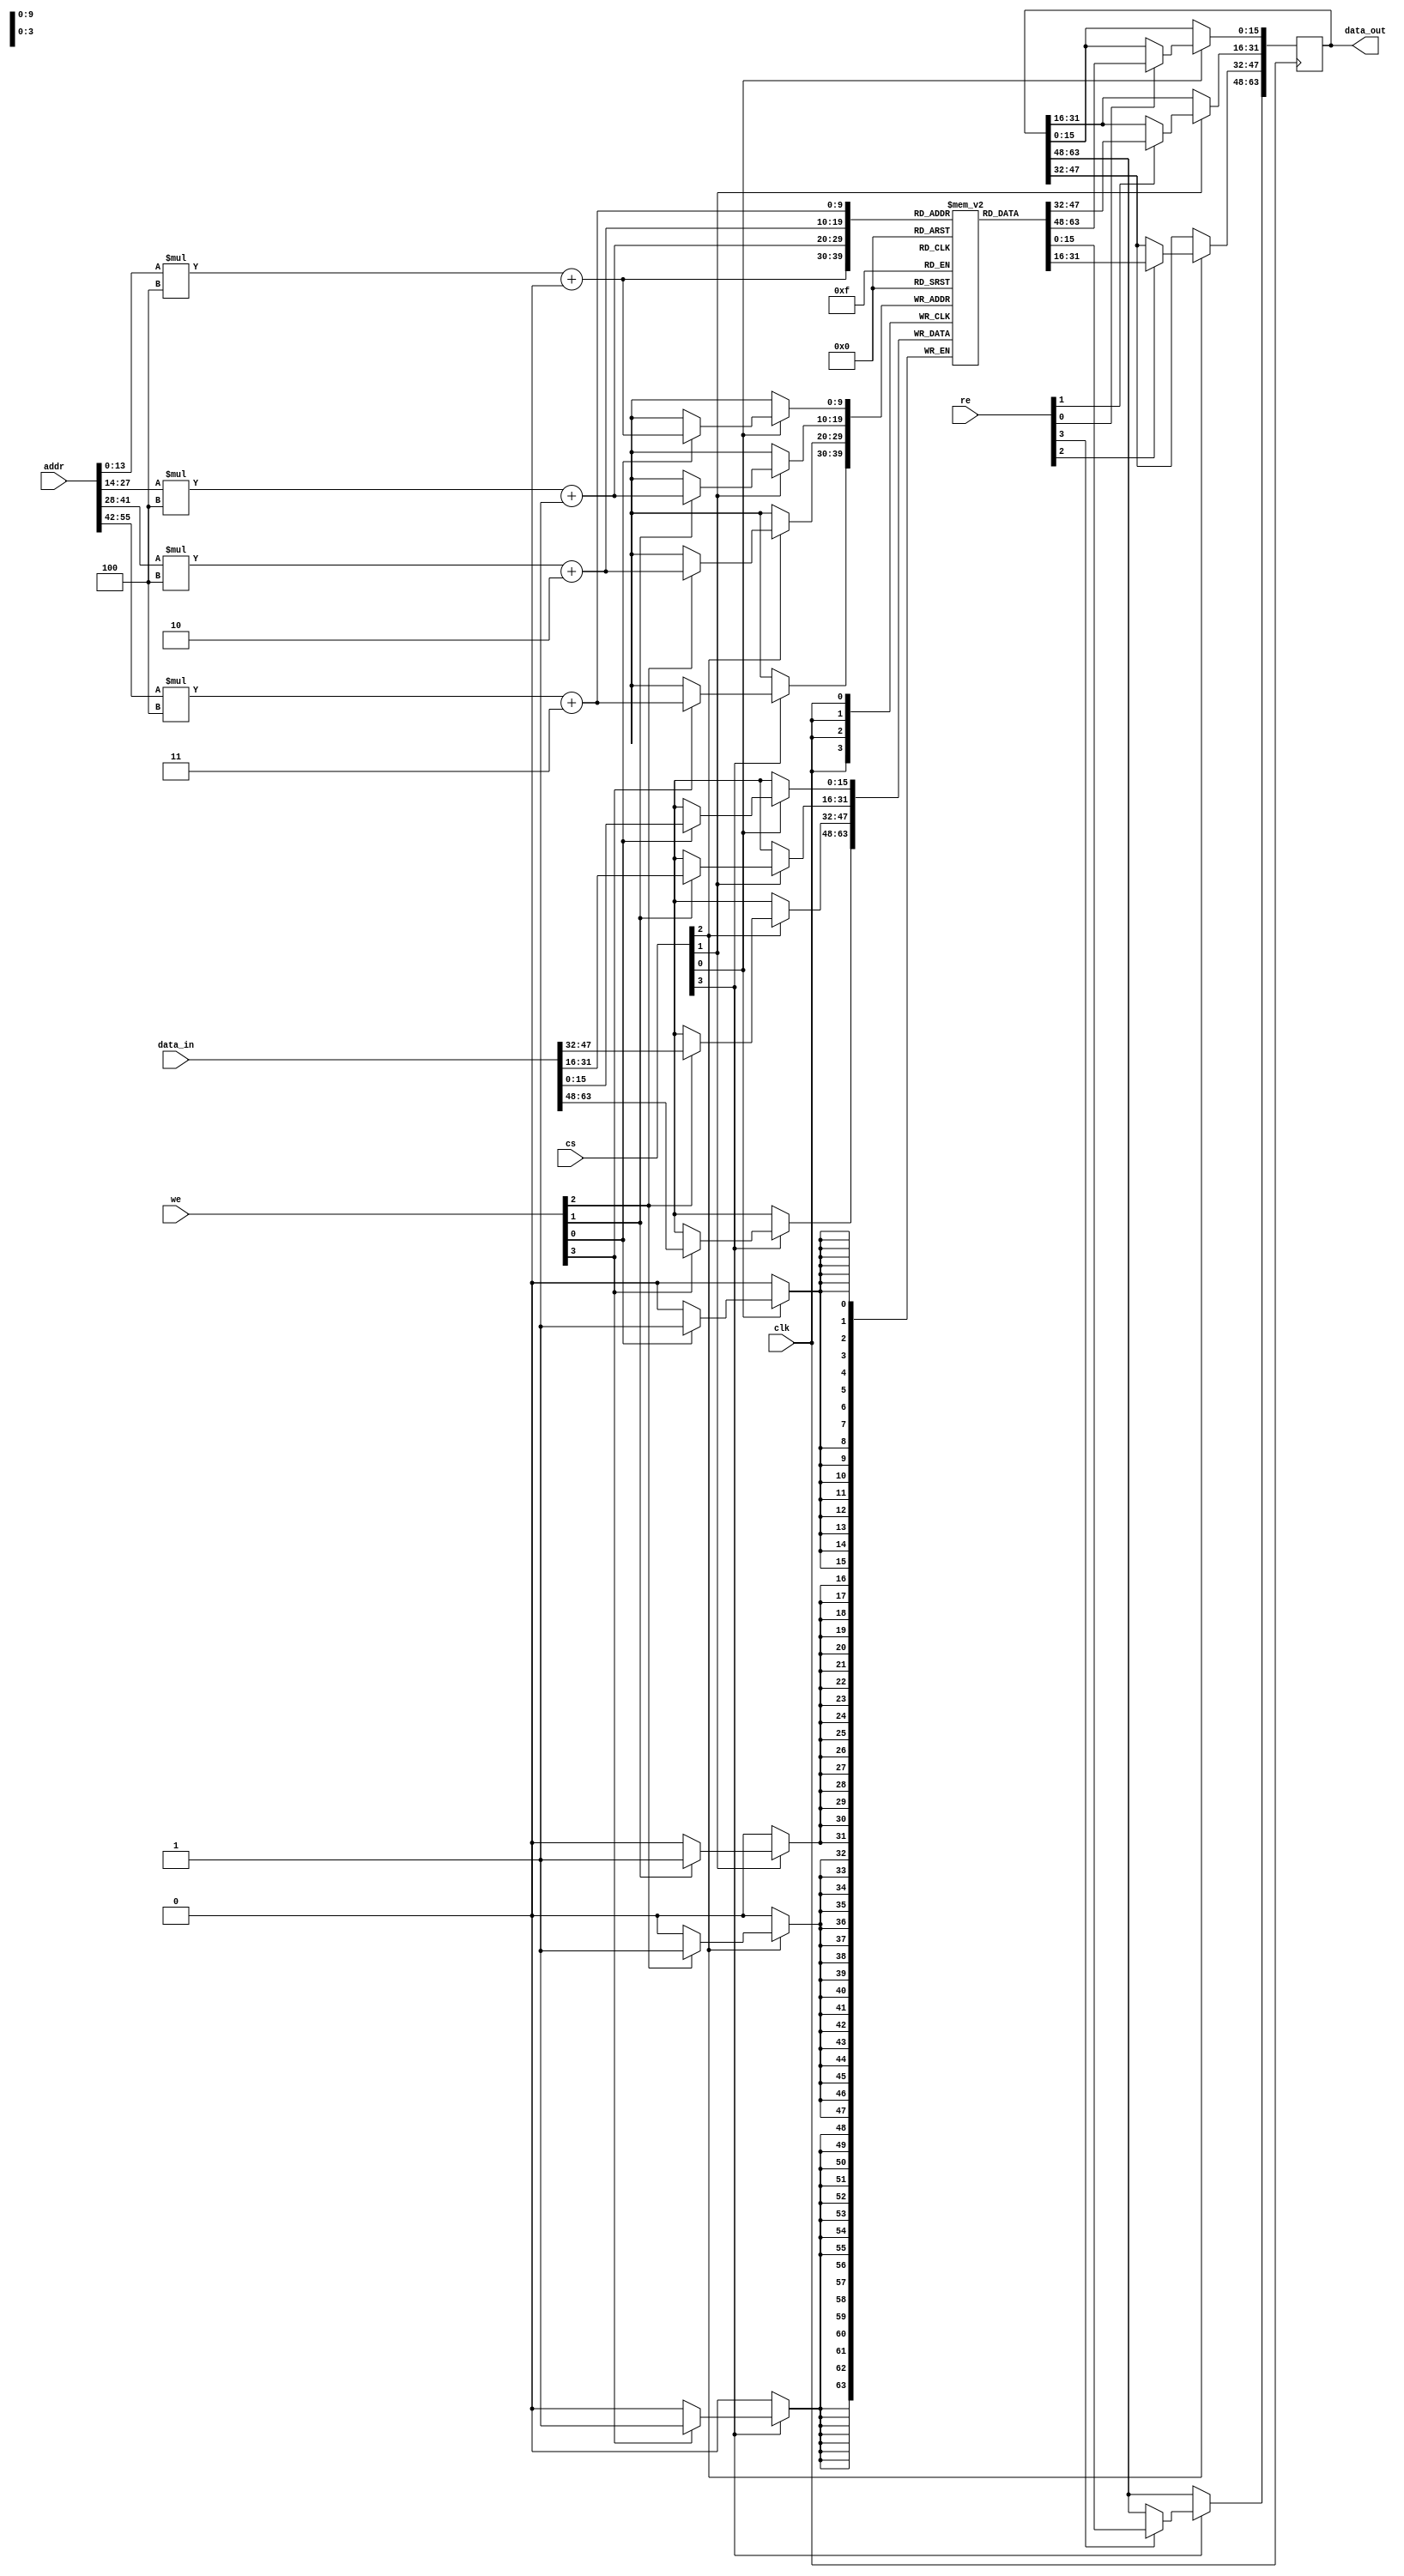
module MultiChannelMemory #(
    parameter NUM_CHANNELS = 4,   // Number of Channels
    parameter DATA_WIDTH = 16,     // Data Width (8, 16, 32 bits)
    parameter MEM_DEPTH = 256       // Memory Depth
)(
    input wire clk,                // Clock input
    input wire [NUM_CHANNELS-1:0] cs,   // Chip Select for each channel
    input wire [NUM_CHANNELS-1:0] we,    // Write Enable for each channel
    input wire [NUM_CHANNELS-1:0] re,    // Read Enable for each channel
    input wire [(NUM_CHANNELS*14)-1:0] addr, // Address input (14 bits to address MEM_DEPTH)
    input wire [(NUM_CHANNELS*DATA_WIDTH)-1:0] data_in, // Data Input
    output reg [(NUM_CHANNELS*DATA_WIDTH)-1:0] data_out // Data Output
);

    // Memory Declaration
    reg [DATA_WIDTH-1:0] memory [0:MEM_DEPTH-1][0:NUM_CHANNELS-1];

    // Read and Write Logic
    integer i;
    always @(posedge clk) begin
        for (i = 0; i < NUM_CHANNELS; i = i + 1) begin
            if (cs[i]) begin
                if (we[i]) begin
                    // Write Data
                    memory[addr[i*14 +: 14]][i] <= data_in[i*DATA_WIDTH +: DATA_WIDTH];
                end
                if (re[i]) begin
                    // Read Data
                    data_out[i*DATA_WIDTH +: DATA_WIDTH] <= memory[addr[i*14 +: 14]][i];
                end
            end
        end
    end

endmodule